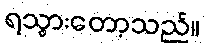
ရသွားတော့သည်။